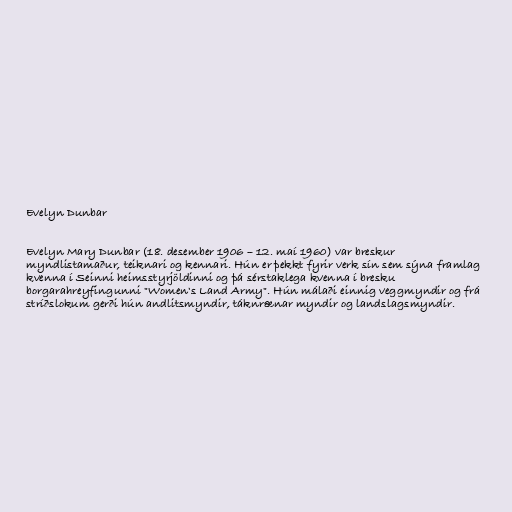
Evelyn Dunbar

Evelyn Mary Dunbar (18. desember 1906 – 12. maí 1960) var breskur
myndlistamaður, teiknari og kennari. Hún er þekkt fyrir verk sín sem sýna framlag
kvenna í Seinni heimsstyrjöldinni og þá sérstaklega kvenna í bresku
borgarahreyfingunni "Women's Land Army". Hún málaði einnig veggmyndir og frá
stríðslokum gerði hún andlitsmyndir, táknrænar myndir og landslagsmyndir.